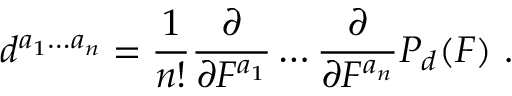
d ^ { a _ { 1 } \ldots a _ { n } } = { \frac { 1 } { n ! } } { \frac { \partial } { \partial F ^ { a _ { 1 } } } } \ldots { \frac { \partial } { \partial F ^ { a _ { n } } } } P _ { d } ( F ) \ .